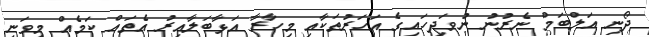
ދޯނި އަލްބަމް ނެރުނު ނުވަދިހައިގެ އަހަރުތަކާއި މިހާރާ އަޅާބަލާއިރު އެތައް ކަމެއް މިވަނީ